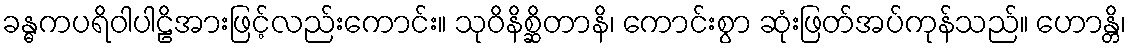
ခန္ဓကပရိဝါပါဠိအားဖြင့်လည်းကောင်း။ သုဝိနိစ္ဆိတာနိ၊ ကောင်းစွာ ဆုံးဖြတ်အပ်ကုန်သည်။ ဟောန္တိ၊